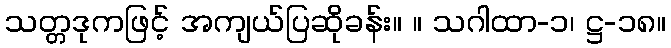
သတ္တဒုကဖြင့် အကျယ်ပြဆိုခန်း။ ။ သဂါထာ-၁၊ ဋ္ဌ-၁၈။